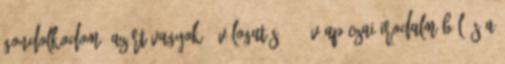
gondolkodom, azért vagyok”: Válogatás 350 év Apáczai-irodalmából és a